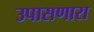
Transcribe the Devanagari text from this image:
उपासणारा